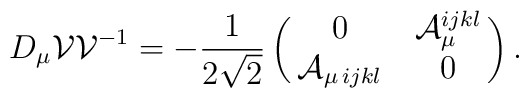
D_\mu{\cal V}{\cal V}^{-1}=-{1\over2\sqrt2}\pmatrix{0&{\cal A}_\mu^{ijkl}\cr{\cal A}_{\mu\,ijkl}&0}.